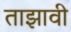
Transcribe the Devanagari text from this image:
ताझावी